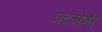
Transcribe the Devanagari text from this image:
पदश्रेणी